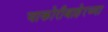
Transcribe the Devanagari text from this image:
चाकोरीबाहेरच्या